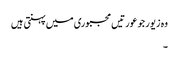
وہ زیور جو عورتیں مجبوری میں پہنتی ہیں
۔